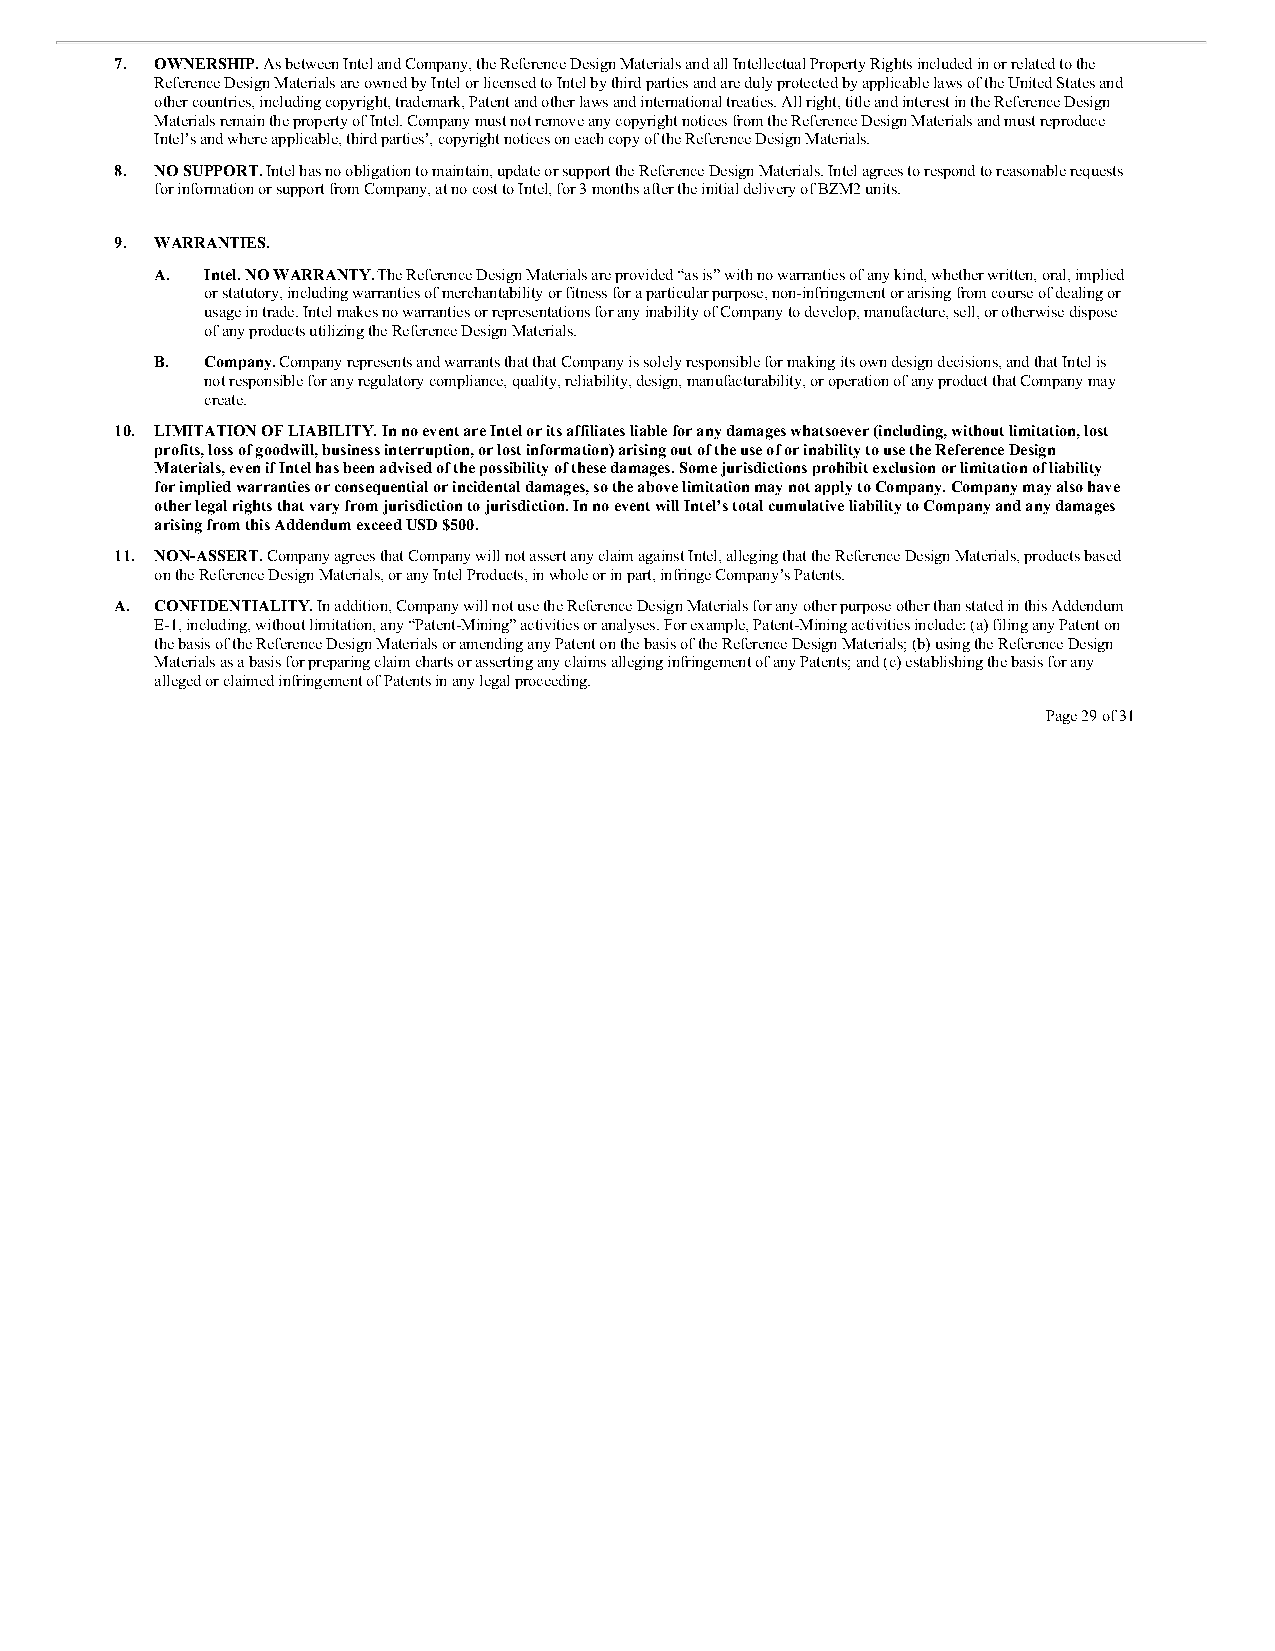
7. OWNERSHIP. As between Intel and Company, the Reference Design Materials and all Intellectual Property Rights included in or related to the
 Reference Design Materials are owned by Intel or licensed to Intel by third parties and are duly protected by applicable laws of the United States and
 other countries, including copyright, trademark, Patent and other laws and international treaties. All right, title and interest in the Reference Design
 Materials remain the property of Intel. Company must not remove any copyright notices from the Reference Design Materials and must reproduce
 Intel’s and where applicable, third parties’, copyright notices on each copy of the Reference Design Materials.
 8. NO SUPPORT. Intel has no obligation to maintain, update or support the Reference Design Materials. Intel agrees to respond to reasonable requests
 for information or support from Company, at no cost to Intel, for 3 months after the initial delivery of BZM2 units.
 9. WARRANTIES.
 A.  Intel. NO WARRANTY. The Reference Design Materials are provided “as is” with no warranties of any kind, whether written, oral, implied
 or statutory, including warranties of merchantability or fitness for a particular purpose, non-infringement or arising from course of dealing or
 usage in trade. Intel makes no warranties or representations for any inability of Company to develop, manufacture, sell, or otherwise dispose
 of any products utilizing the Reference Design Materials.
 B.  Company. Company represents and warrants that that Company is solely responsible for making its own design decisions, and that Intel is
 not responsible for any regulatory compliance, quality, reliability, design, manufacturability, or operation of any product that Company may
 create.
 10. LIMITATION OF LIABILITY. In no event are Intel or its affiliates liable for any damages whatsoever (including, without limitation, lost
 profits, loss of goodwill, business interruption, or lost information) arising out of the use of or inability to use the Reference Design
 Materials, even if Intel has been advised of the possibility of these damages. Some jurisdictions prohibit exclusion or limitation of liability
 for implied warranties or consequential or incidental damages, so the above limitation may not apply to Company. Company may also have
 other legal rights that vary from jurisdiction to jurisdiction. In no event will Intel’s total cumulative liability to Company and any damages
 arising from this Addendum exceed USD $500.
 11. NON-ASSERT. Company agrees that Company will not assert any claim against Intel, alleging that the Reference Design Materials, products based
 on the Reference Design Materials, or any Intel Products, in whole or in part, infringe Company’s Patents.
 A. CONFIDENTIALITY. In addition, Company will not use the Reference Design Materials for any other purpose other than stated in this Addendum
 E-1, including, without limitation, any “Patent-Mining” activities or analyses. For example, Patent-Mining activities include: (a) filing any Patent on
 the basis of the Reference Design Materials or amending any Patent on the basis of the Reference Design Materials; (b) using the Reference Design
 Materials as a basis for preparing claim charts or asserting any claims alleging infringement of any Patents; and (c) establishing the basis for any
 alleged or claimed infringement of Patents in any legal proceeding.
 Page 29 of 31